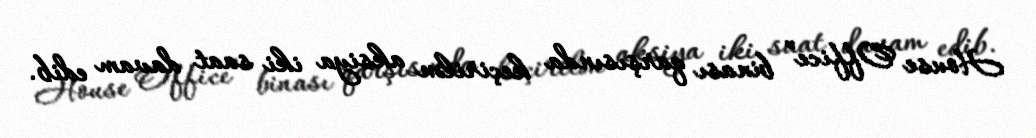
House Office” binası qarşısında keçirilən aksiya iki saat davam edib.